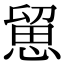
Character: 𢞭